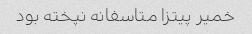
خمیر پیتزا متاسفانه نپخته بود